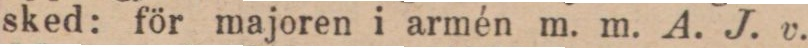
sked: för majoren i armén m. m. A. J. v.